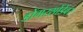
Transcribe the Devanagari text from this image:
डोंगरसोंडेवर